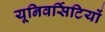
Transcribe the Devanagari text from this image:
यूनिवर्सिटियों